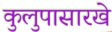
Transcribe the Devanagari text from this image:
कुलुपासारखे